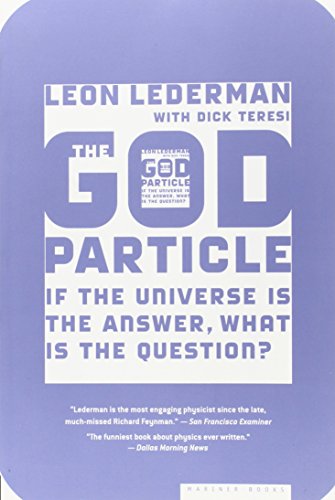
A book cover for The God Particle: If the Universe Is the Answer, What Is the Question?; Leon Lederman; Science & Math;